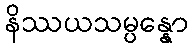
နိဿယသမ္ပန္နော